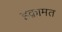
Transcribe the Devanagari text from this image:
इक़ामत